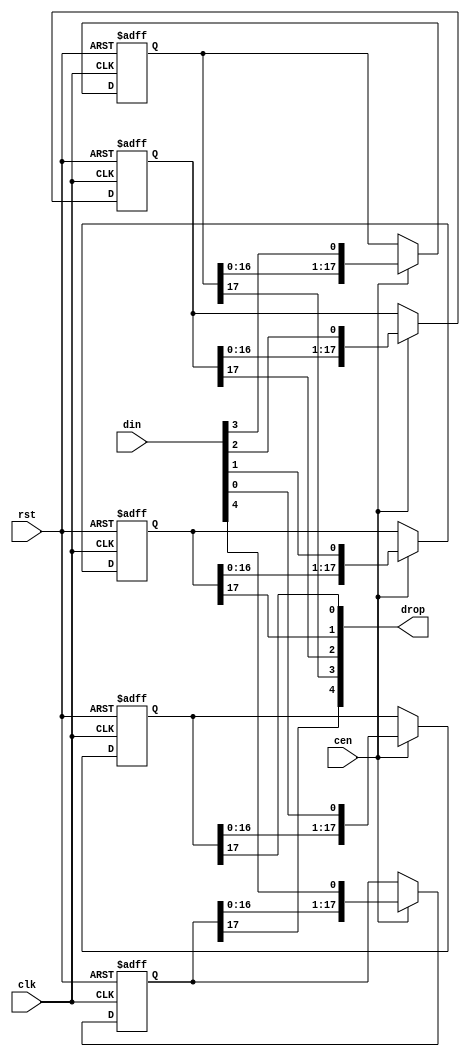
/*  This file is part of JTOPL.

    JTOPL is free software: you can redistribute it and/or modify
    it under the terms of the GNU General Public License as published by
    the Free Software Foundation, either version 3 of the License, or
    (at your option) any later version.

    JTOPL is distributed in the hope that it will be useful,
    but WITHOUT ANY WARRANTY; without even the implied warranty of
    MERCHANTABILITY or FITNESS FOR A PARTICULAR PURPOSE.  See the
    GNU General Public License for more details.

    You should have received a copy of the GNU General Public License
    along with JTOPL.  If not, see <http://www.gnu.org/licenses/>.

	Author: Jose Tejada Gomez. Twitter: @topapate
	Version: 1.0
	Date: 13-6-2020
	*/

// stages must be greater than 2
module jtopl_sh_rst #(parameter width=5, stages=18, rstval=1'b0 )
(
	input					rst,	
	input 					clk,
	input					cen,
	input		[width-1:0]	din,
   	output		[width-1:0]	drop
);

reg [stages-1:0] bits[width-1:0];

genvar i;
integer k;
generate
initial
	for (k=0; k < width; k=k+1) begin
		bits[k] = { stages{rstval}};
	end
endgenerate

generate
	for (i=0; i < width; i=i+1) begin: bit_shifter
		always @(posedge clk, posedge rst) 
			if( rst ) begin
				bits[i] <= {stages{rstval}};
			end else if(cen) begin
				bits[i] <= {bits[i][stages-2:0], din[i]};
			end
		assign drop[i] = bits[i][stages-1];
	end
endgenerate

endmodule